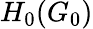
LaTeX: H_{0}(G_{0})